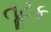
તૂટક